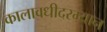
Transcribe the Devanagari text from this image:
कालावधीदरम्यान